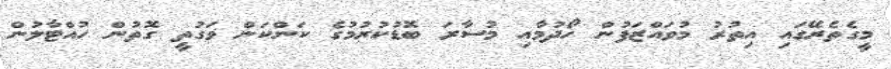
މީގެތެރޭގައި އިތުރު މުވައްޒަފުން ހޯދުމާއި މުސާރަ ބޮޑުކުރުމުގެ ކަންކަން ވަގުތީ ގޮތުން ހުއްޓާލުން